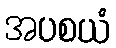
အပစယံ